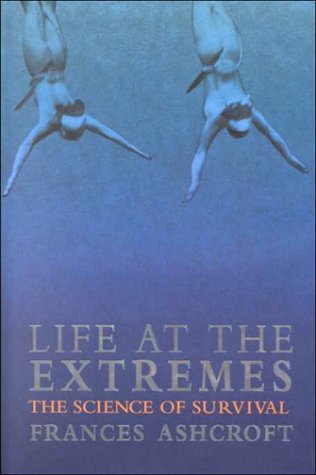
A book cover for Life at the Extremes: The Science of Survival; Frances Ashcroft; Sports & Outdoors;